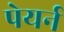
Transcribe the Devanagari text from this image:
पेयर्न